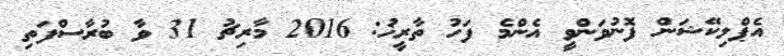
އެޕްލިކޭޝަން ފޮނުވަންވީ އެންމެ ފަހު ތާރީޚު: 2016 މާރިޗު 31 ވާ ބުރާސްފަތި